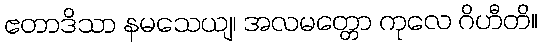
ဧတာဒိသာ နမသေယျ၊ အလမတ္တော ကုလေ ဂိဟီတိ။